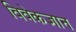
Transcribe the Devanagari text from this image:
विवेकज्ञान